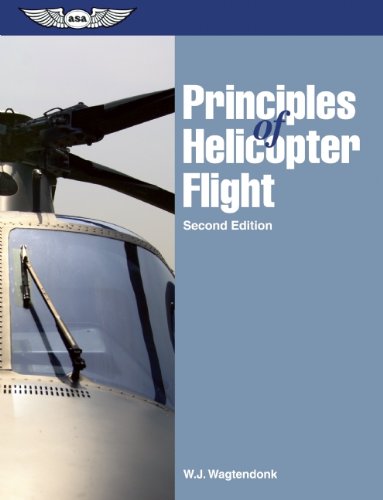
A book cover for Principles of Helicopter Flight; Walter J. Wagtendonk; Engineering & Transportation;